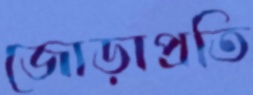
জোড়াপ্রতি